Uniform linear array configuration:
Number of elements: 24
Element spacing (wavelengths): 0.25
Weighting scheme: hamming
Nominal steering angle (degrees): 45
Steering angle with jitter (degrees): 44.847
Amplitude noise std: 0.05
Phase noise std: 0.05

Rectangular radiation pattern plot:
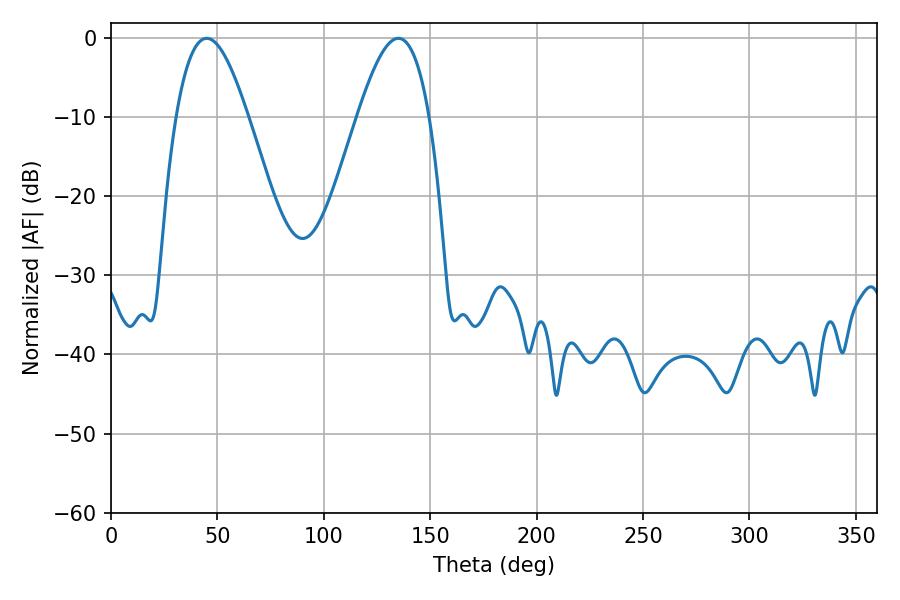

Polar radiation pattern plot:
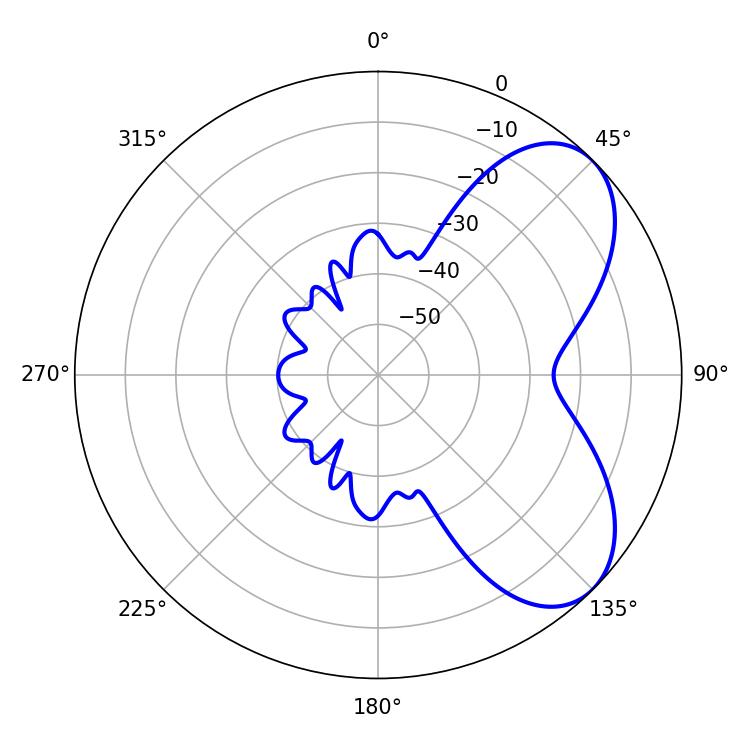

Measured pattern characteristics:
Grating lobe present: FALSE
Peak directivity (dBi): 6.01
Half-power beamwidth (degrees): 18.36
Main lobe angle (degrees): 45